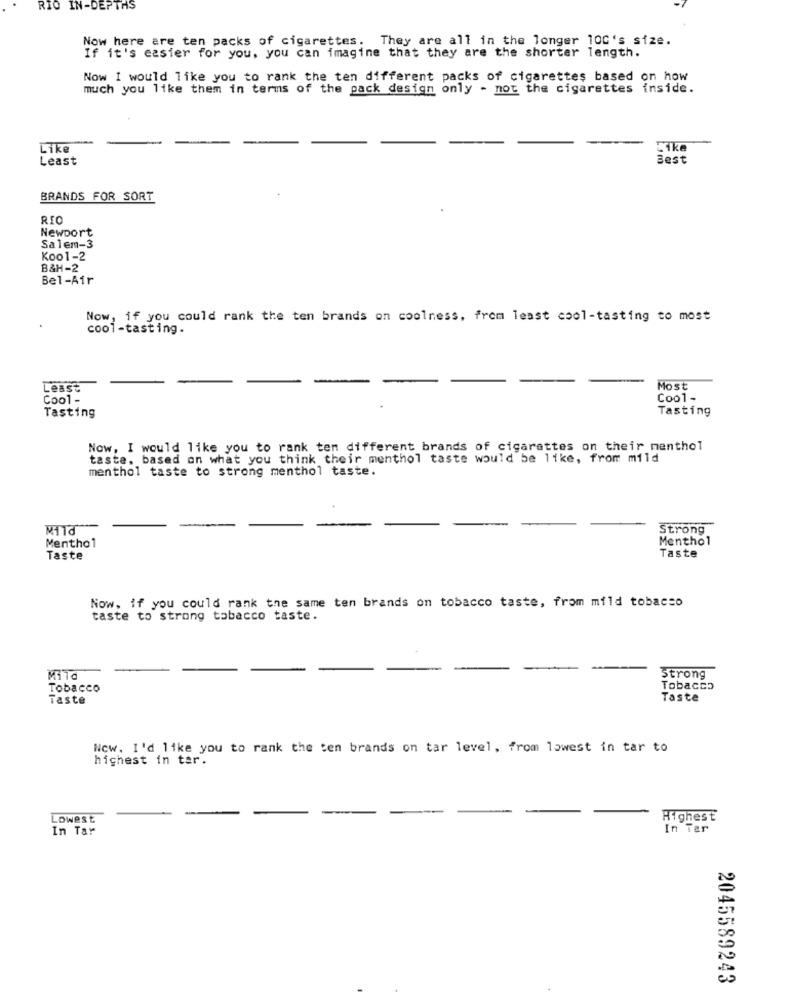
RIO IN-DEPTHS
Now here are ten packs of cigarettes.
They are all in the longer 100's size.
If it's easier for you, you can imagine that they are the shorter length.
Now I would like you to rank the ten different packs of cigarettes based on how
much you like them in terms of the pack design only - not the cigarettes inside.
Like
Like
Least
Best
BRANDS FOR SORT
RIO
Newport
Salem-3
Koo1-2
B&H-2
Bel-Air
Now, if you could rank the ten brands on coolness, from least cool-tasting to most
cool-tasting.
Least
Most
Cool -
Cool-
Tasting
Tasting
Now, I would like you to rank ten different brands of cigarettes on their menthol
taste, based on what you think their menthol taste would be like, from mild
menthol taste to strong menthol taste.
Mild
Strong
Menthol
Menthol
Taste
Taste
Now, if you could rank the same ten brands on tobacco taste, from mild tobacco
taste to strong tobacco taste.
Mild
Strong
Tobacco
Tobacco
Taste
Taste
Now. I'd like you to rank the ten brands on tar level, from lowest in tar to
highest in tar.
Lowest
Highest
In Tar
In Ter
2045589243